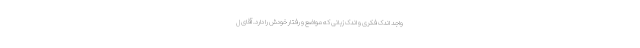
واجد اندک فکری و اندک زبانی که مواضع و رفتار خودش را دارد. آقای ل